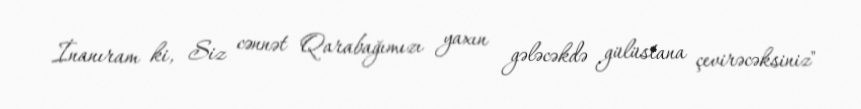
İnanıram ki, Siz cənnət Qarabağımızı yaxın gələcəkdə gülüstana çevirəcəksiniz"